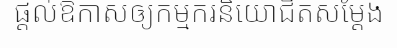
ផ្តល់ឱកាសឲ្យកម្មករនិយោជិតសម្តែង